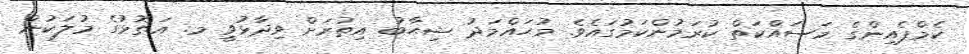
ކެމްޕެއިންގެ މަސައްކަތް ކުރަމުންކަމުގައެވެ. މުޙައްމަދު ޝިޙާބު އިތުރަށް ވިދާޅުވީ މ. އަތޮޅުގެ މުލަކުން